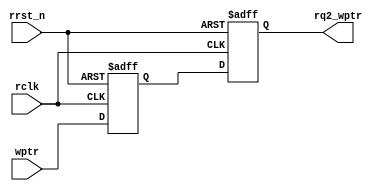
module sync_w2r(
    output reg [ADDRSIZE:0] rq2_wptr,
    input [ADDRSIZE:0] wptr,
    input rclk, rrst_n
);
    parameter ADDRSIZE = 5;

    reg [ADDRSIZE:0] rq1_wptr;

    always @(posedge rclk or negedge rrst_n)begin
        if (!rrst_n) 
            {rq2_wptr,rq1_wptr} <= 0;
        else
            {rq2_wptr,rq1_wptr} <= {rq1_wptr,wptr};
    end
endmodule